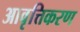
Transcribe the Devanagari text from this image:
आवृत्तिकरण